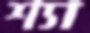
শ্যা